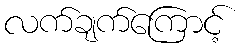
လက်ချက်ကြောင့်